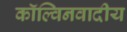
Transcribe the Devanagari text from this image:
कॉल्विनवादीय